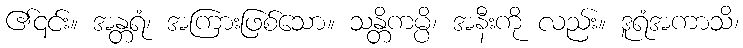
၏၎င်း။ အန္တရံ၊ အကြားဖြစ်သော။ သန္တိကမ္ပိ၊ အနီးကို လည်း။ ဒူရံအကာသိ၊